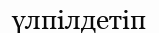
үлпілдетіп